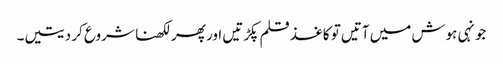
جونہی ہوش میں آتیں تو کاغذ قلم پکڑتیں اور پھر لکھنا شروع کر دیتیں۔